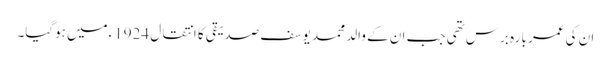
ان کی عمر بارہ برس تھی جب ان کے والد محمد یوسف صدیقی کا انتقال 1924ءمیں ہوگیا۔